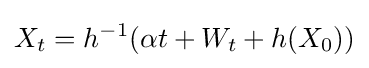
X_{t}=h^{-1}(\alpha t+W_{t}+h(X_{0}))